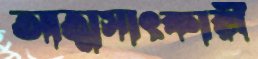
আত্মসাৎকারী